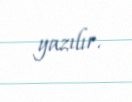
yazılır.